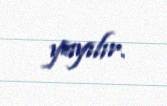
yayılır.